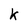
Character: k